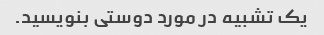
یک تشبیه در مورد دوستی بنویسید.